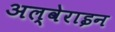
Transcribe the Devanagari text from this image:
अल्वेराइन